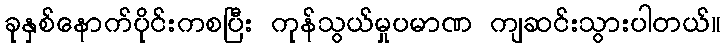
ခုနှစ်နောက်ပိုင်းကစပြီး ကုန်သွယ်မှုပမာဏ ကျဆင်းသွားပါတယ်။